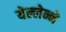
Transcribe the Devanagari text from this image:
येल्लेन्ने